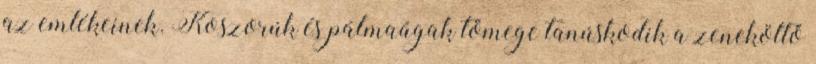
az emlékeinek. Koszorúk és pálmaágak tömege tanúskodik a zeneköltő